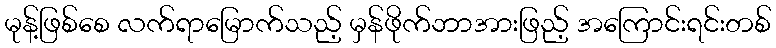
မုန့်ဖြစ်စေ လက်ရာမြောက်သည့် မှန်ဖိုက်ဘာအားဖြည့် အကြောင်းရင်းတစ်